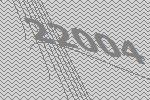
22004